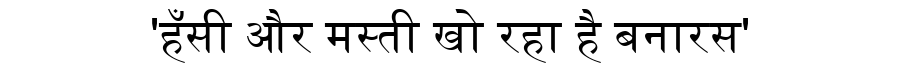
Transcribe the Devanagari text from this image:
'हँसी और मस्ती खो रहा है बनारस'